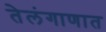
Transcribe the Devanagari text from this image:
तेलंगाणात